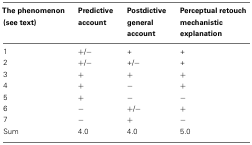
<table><thead><tr><td><b>The phenomenon (see text)</b></td><td><b>Predictive account</b></td><td><b>Postdictive general account</b></td><td><b>Perceptual retouch mechanistic explanation</b></td></tr></thead><tbody><tr><td>1</td><td>+/−</td><td>+</td><td>+</td></tr><tr><td>2</td><td>+/−</td><td>+/−</td><td>+</td></tr><tr><td>3</td><td>+</td><td>+</td><td>+</td></tr><tr><td>4</td><td>+</td><td>−</td><td>+</td></tr><tr><td>5</td><td>+</td><td>−</td><td>−</td></tr><tr><td>6</td><td>−</td><td>+/−</td><td>+</td></tr><tr><td>7</td><td>−</td><td>+</td><td>−</td></tr><tr><td>Sum</td><td>4.0</td><td>4.0</td><td>5.0</td></tr></tbody></table>